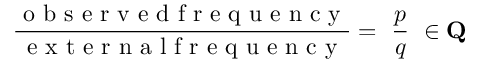
\frac { \mathrm { ~ o ~ b ~ s ~ e ~ r ~ v ~ e ~ d ~ f ~ r ~ e ~ q ~ u ~ e ~ n ~ c ~ y ~ } } { \mathrm { ~ e ~ x ~ t ~ e ~ r ~ n ~ a ~ l ~ f ~ r ~ e ~ q ~ u ~ e ~ n ~ c ~ y ~ } } = \ \frac { p } { q } \ \in \mathbf { Q }